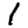
Digit: 1